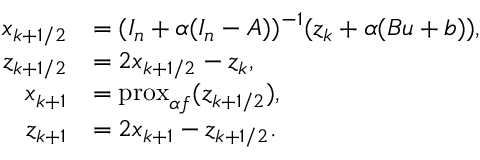
\begin{array} { r l } { x _ { k + 1 / 2 } } & { = ( I _ { n } + \alpha ( I _ { n } - A ) ) ^ { - 1 } ( z _ { k } + \alpha ( B u + b ) ) , } \\ { z _ { k + 1 / 2 } } & { = 2 x _ { k + 1 / 2 } - z _ { k } , } \\ { x _ { k + 1 } } & { = \mathrm { p r o x } _ { \alpha f } ( z _ { k + 1 / 2 } ) , } \\ { z _ { k + 1 } } & { = 2 x _ { k + 1 } - z _ { k + 1 / 2 } . } \end{array}